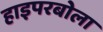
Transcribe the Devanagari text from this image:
हाइपरबोला